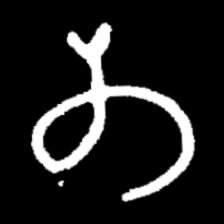
Pyu character \u2014 Myanmar letter: တ (romanized: ta)